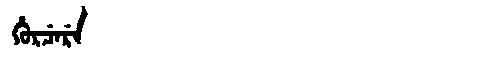
Manchu: ᡥᡠᡵᠴᡝᡵᡝ
Romanization: HURCERE